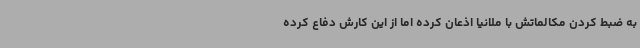
به ضبط کردن مکالماتش با ملانیا اذعان کرده اما از این کارش دفاع کرده